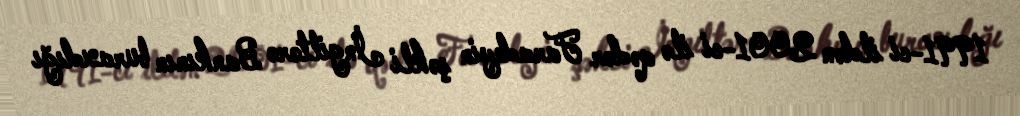
1991-ci ildən 2001-ci ilə qədər Faradeyin şəkli İngiltərə Bankının buraxdığı